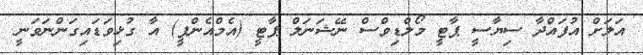
އަލަށް އުފައްދާ ސިޔާސީ ޕާޓީ މޯލްޑިވްސް ނޭޝަނަލް ޕާޓީ (އެމްއެންޕީ) އާ ގުޅިވަޑައިގަންނަވަނީ